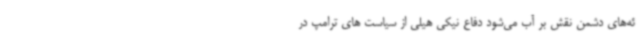
ئه‌های دشمن نقش بر آب می‌شود دفاع نیکی هیلی از سیاست های ترامپ در